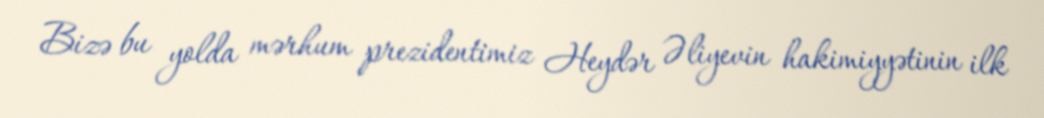
Bizə bu yolda mərhum prezidentimiz Heydər Əliyevin hakimiyyətinin ilk